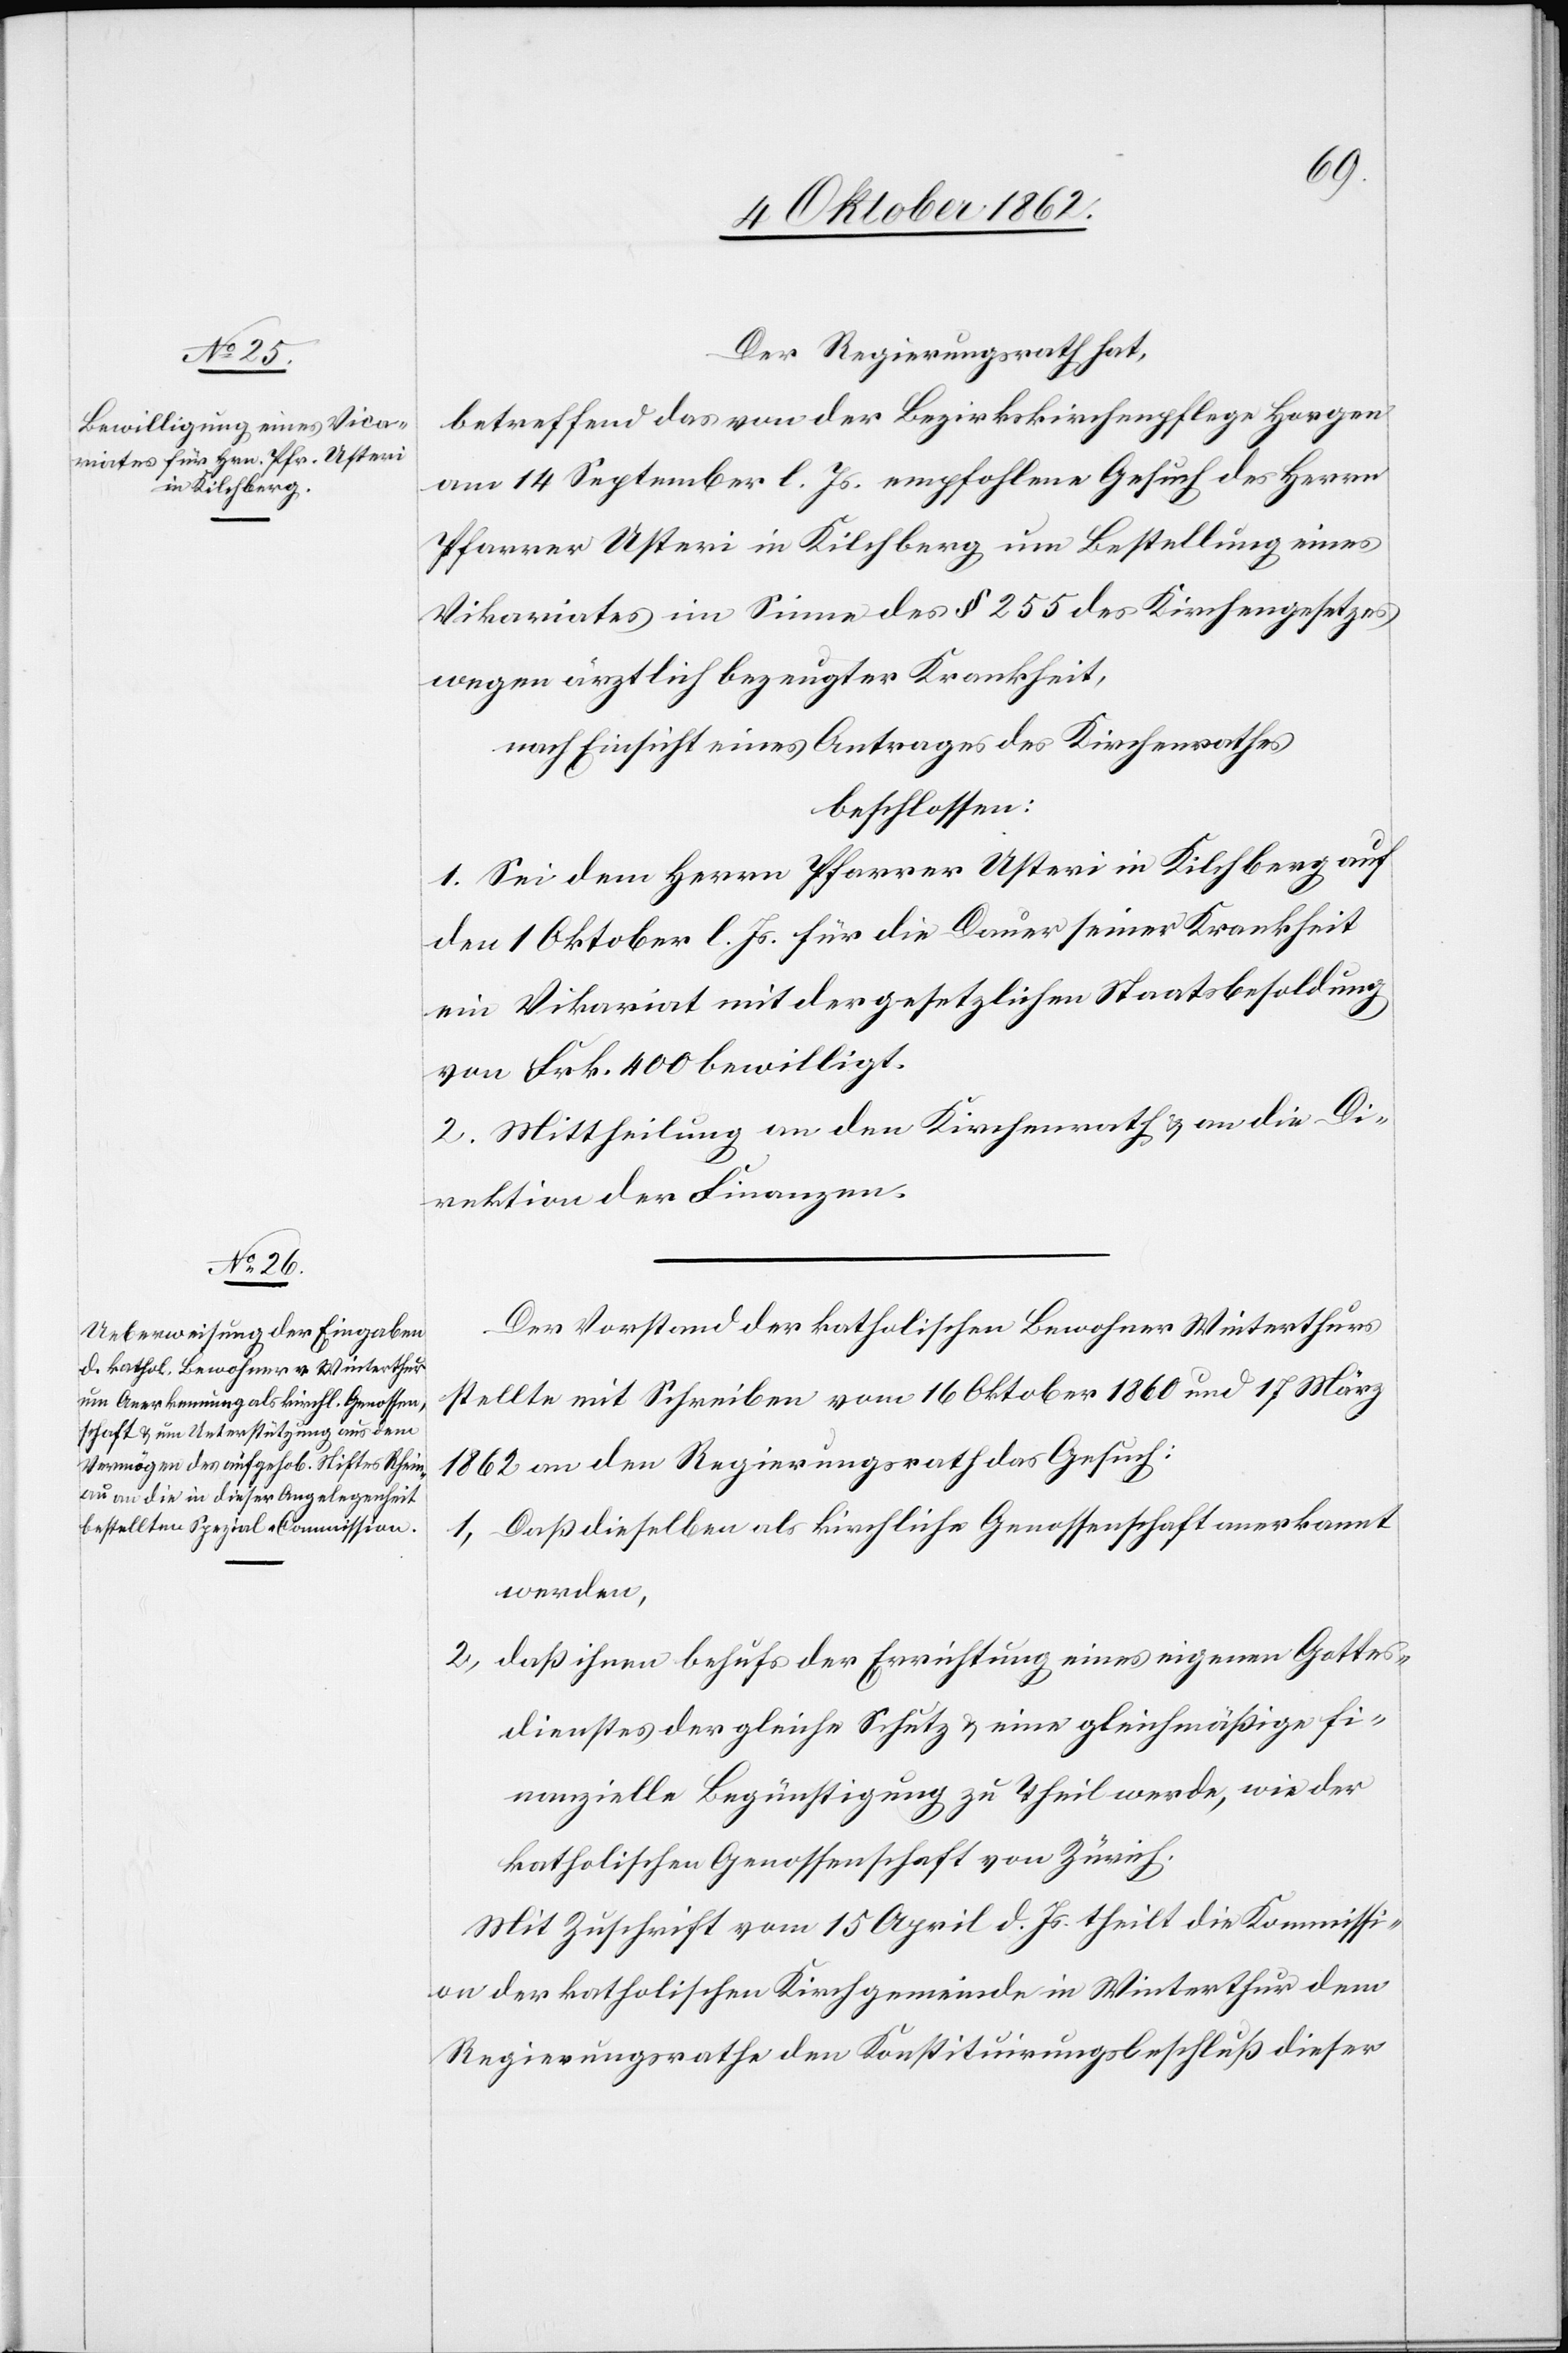
Der Regierungsrath hat,
betreffend das von der Bezirkskirchenpflege Horgen
am 14. September l. Js. empfohlene Gesuch des Herrn
Pfarrer Usteri in Kilchberg um Bestellung eines
Vikariates im Sinne des §. 255 des Kirchengesetzes
wegen ärztlich bezeugter Krankheit,
nach Einsicht eines Antrages des Kirchenrathes
beschlossen:
1. Sei dem Herrn Pfarrer Usteri in Kilchberg auf
den 1. Oktober l. Js. für die Dauer seiner Krankheit
ein Vikariat mit der gesetzlichen Staatsbesoldung
von Frk. 400 bewilligt.
2. Mittheilung an den Kirchenrath u. an die Di¬
rektion der Finanzen.
Der Vorstand der katholischen Bewohner Winterthurs
stellte mit Schreiben vom 16. Oktober 1860 und 17. März
1862 an den Regierungsrath das Gesuch:
1) Daß dieselben als kirchliche Genossenschaft anerkannt
werden,
2) daß ihnen behufs der Errichtung eines eigenen Gottes¬
dienstes der gleiche Schutz u. eine gleichmäßige fi¬
nanzielle Begünstigung zu Theil werde, wie der
katholischen Genossenschaft von Zürich.
Mit Zuschrift vom 15. April d. Js. theilt die Kommissi¬
on der katholischen Kirchgemeinde in Winterthur dem
Regierungsrathe den Konstituirungsbeschluß dieser